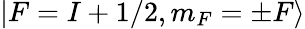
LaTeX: |F=I+1/2,m_{F}=\pm F\rangle